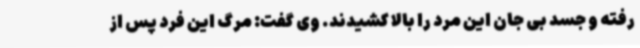
رفته و جسد بی جان این مرد را بالا کشیدند. وی گفت: مرگ این فرد پس از